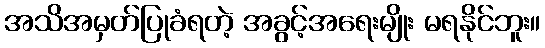
အသိအမှတ်ပြုခံရတဲ့ အခွင့်အရေးမျိုး မရနိုင်ဘူး။